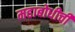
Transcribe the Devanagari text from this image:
महाबोधीची